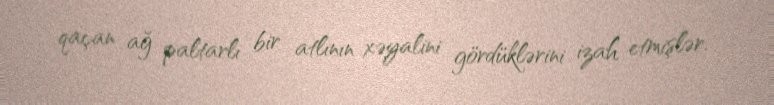
qaçan ağ paltarlı bir atlının xəyalini gördüklərini izah etmişlər.